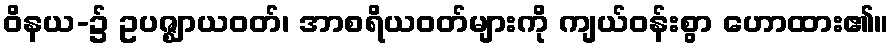
ဝိနယ-၌ ဥပဇ္ဈာယဝတ်၊ အာစရိယဝတ်များကို ကျယ်ဝန်းစွာ ဟောထား၏။